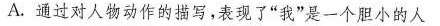
A.通过对人物动作的描写，表现了”我”是一个胆小的人